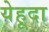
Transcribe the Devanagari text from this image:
येहूदा